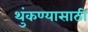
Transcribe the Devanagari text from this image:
थुंकण्यासाठी